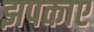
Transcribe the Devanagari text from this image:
झपकाए